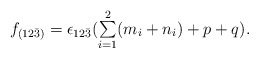
\begin{align*}\begin{array}{lcr}f_{(12\bar{3})} = \epsilon_{12\bar{3}}({\sum \limits_{i=1}^{2}(m_i + n_i)}+p+q).\end{array}\end{align*}